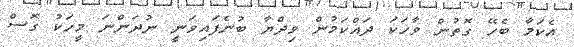
އެކަމާ ބެހޭ ގޮތުން ވާހަކަ ދައްކަމުން ވިދްޔާ ބުނެފައިވަނީ ނުދަންނަ މީހަކު ގޮސް